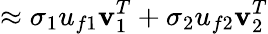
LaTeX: \approx\sigma_{1}u_{f1}\mathbf{v}_{1}^{T}+\sigma_{2}u_{f2}\mathbf{v}_{2}^{T}